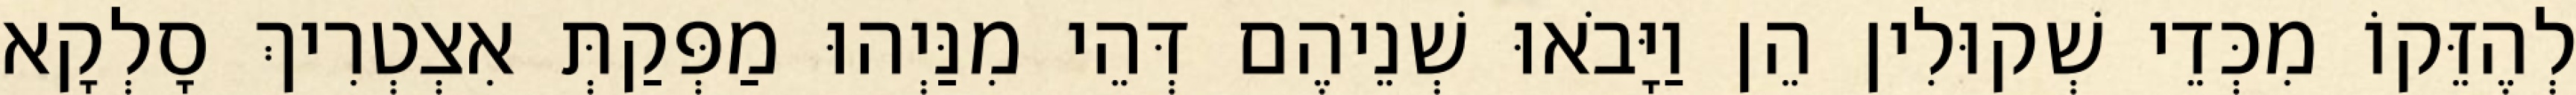
לְהֶזֵּקוֹ מִכְּדֵי שְׁקוּלִין הֵן וַיָּבֹאוּ שְׁנֵיהֶם דְּהֵי מִנַּיְהוּ מַפְּקַתְּ אִצְטְרִיךְ סָלְקָא